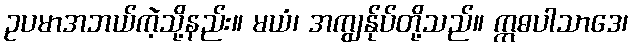
ဥပမာအဘယ်ကဲ့သို့နည်း။ မယံ၊ အကျွန်ုပ်တို့သည်။ ဣဓပါသာဒေ၊